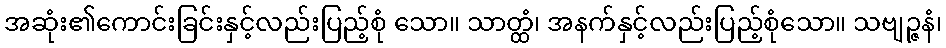
အဆုံး၏ကောင်းခြင်းနှင့်လည်းပြည့်စုံ သော။ သာတ္ထံ၊ အနက်နှင့်လည်းပြည့်စုံသော။ သဗျဉ္ဇနံ၊